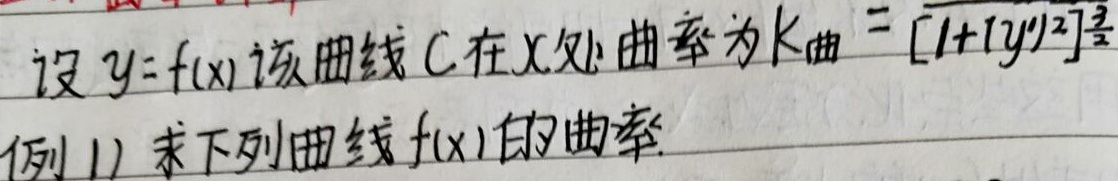
设\(y = f(x)\)，该曲线\(C\)在\(x\)处曲率为\(K_{曲}=\frac{|y''|}{[1 + (y')^{2}]^{\frac{3}{2}}}\)。（注：原内容曲率公式有误，这里补充完整分母部分，若实际情况并非如此，请自行调整）例1) 求下列曲线\(f(x)\)的曲率。